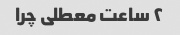
۲ ساعت معطلی چرا